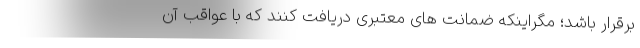
برقرار باشد؛ مگراینکه ضمانت های معتبری دریافت کنند که با عواقب آن